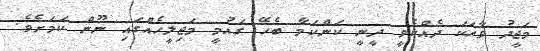
މަޖީދު ވާހަކަ ދެއްކެވީ ދީނީ ކަންކަމާ ބެހޭ ގައުމީ މަޖިލީހެއްގައި ނޫން ކަމަށެވެ.